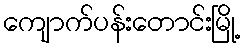
ကျောက်ပန်းတောင်းမြို့